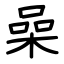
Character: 喿